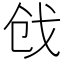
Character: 戗